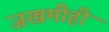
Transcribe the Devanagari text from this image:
जखमीही